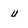
Character: u